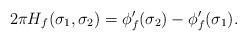
LaTeX: \begin{align*}2\pi H_f(\sigma_1,\sigma_2)=\phi_f'(\sigma_2)-\phi_f'(\sigma_1).\end{align*}